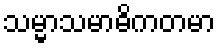
သမ္မာသမာဓိကတမာ